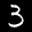
Label: 3